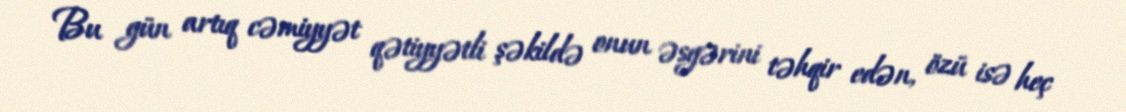
Bu gün artıq cəmiyyət qətiyyətli şəkildə onun əsgərini təhqir edən, özü isə heç